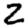
Digit: 2